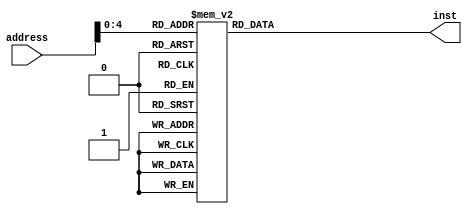
`timescale 1ns / 1ps
//////////////////////////////////////////////////////////////////////////////////
// Company: 
// Engineer: 
// 
// Design Name: 
// Module Name:    InstructionMemory 
// Project Name: 
// Target Devices: 
// Tool versions: 
// Description: 
//
// Dependencies: 
//
// Revision: 
// Revision 0.01 - File Created
// Additional Comments: 
//
//////////////////////////////////////////////////////////////////////////////////
module InstructionMemory(
		address, inst
    );
	
	input [19:0] address;
	output reg [19:0] inst;
		
	reg [19:0] mem [31:0];
	
	always @ (*)
	begin
	mem[0] = 20'b00000000000000000000;  
   mem[1] = 20'b00000000000000000001;  
   mem[2] = 20'b00000000000000000010;  
   mem[3] = 20'b00000000000000000011;  
   mem[4] = 20'b00000000000000000100;  
   mem[5] = 20'b00000000000000000101; 
   mem[6] = 20'b00000000000000000110;  
   mem[7] = 20'b00000000000000000111;  
	
   mem[8] = 20'b00000000000000000000;  
   mem[9] = 20'b00000000000000000000;  
   mem[10] = 20'b00000000000000000000;  
   mem[11] = 20'b00000000000000000000;  
   mem[12] = 20'b00000000000000000000;  
   mem[13] = 20'b00000000000000000000;  
   mem[14] = 20'b00000000000000000000;  
   mem[15] = 20'b00000000000000000000;
	
 	mem[16] = 20'b00001000000110000000;  
   mem[17] = 20'b00000010110010110010;  
   mem[18] = 20'b00001101110001100111;  
   mem[19] = 20'b00001101110111011001;  
   mem[20] = 20'b00001111110110110001;  
   mem[21] = 20'b00001100000001111011; 
   mem[22] = 20'b00000000000000000000;  
   mem[23] = 20'b00000000000000000000;
	
   mem[24] = 20'b00000000000000000000;  
   mem[25] = 20'b00000000000000000000;  
   mem[26] = 20'b00000000000000000000;  
   mem[27] = 20'b00000000000000000000;  
   mem[28] = 20'b00000000000000000000;  
   mem[29] = 20'b00000000000000000000;  
   mem[30] = 20'b00000000000000000000;  
   mem[31] = 20'b00000000000000000000; 
	
	inst = mem[address[4:0]];
	end
	
	

endmodule